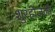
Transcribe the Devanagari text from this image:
शुरहोजली